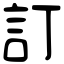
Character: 訂